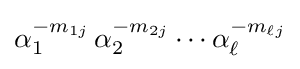
\alpha _{1}^{-m_{1j}}\,\alpha _{2}^{-m_{2j}}\cdots \alpha _{\ell }^{-m_{\ell j}}